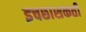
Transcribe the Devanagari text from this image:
इचछाशकती